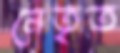
নেতৃত